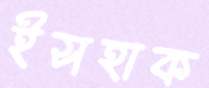
ইসহাক